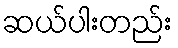
ဆယ်ပါးတည်း